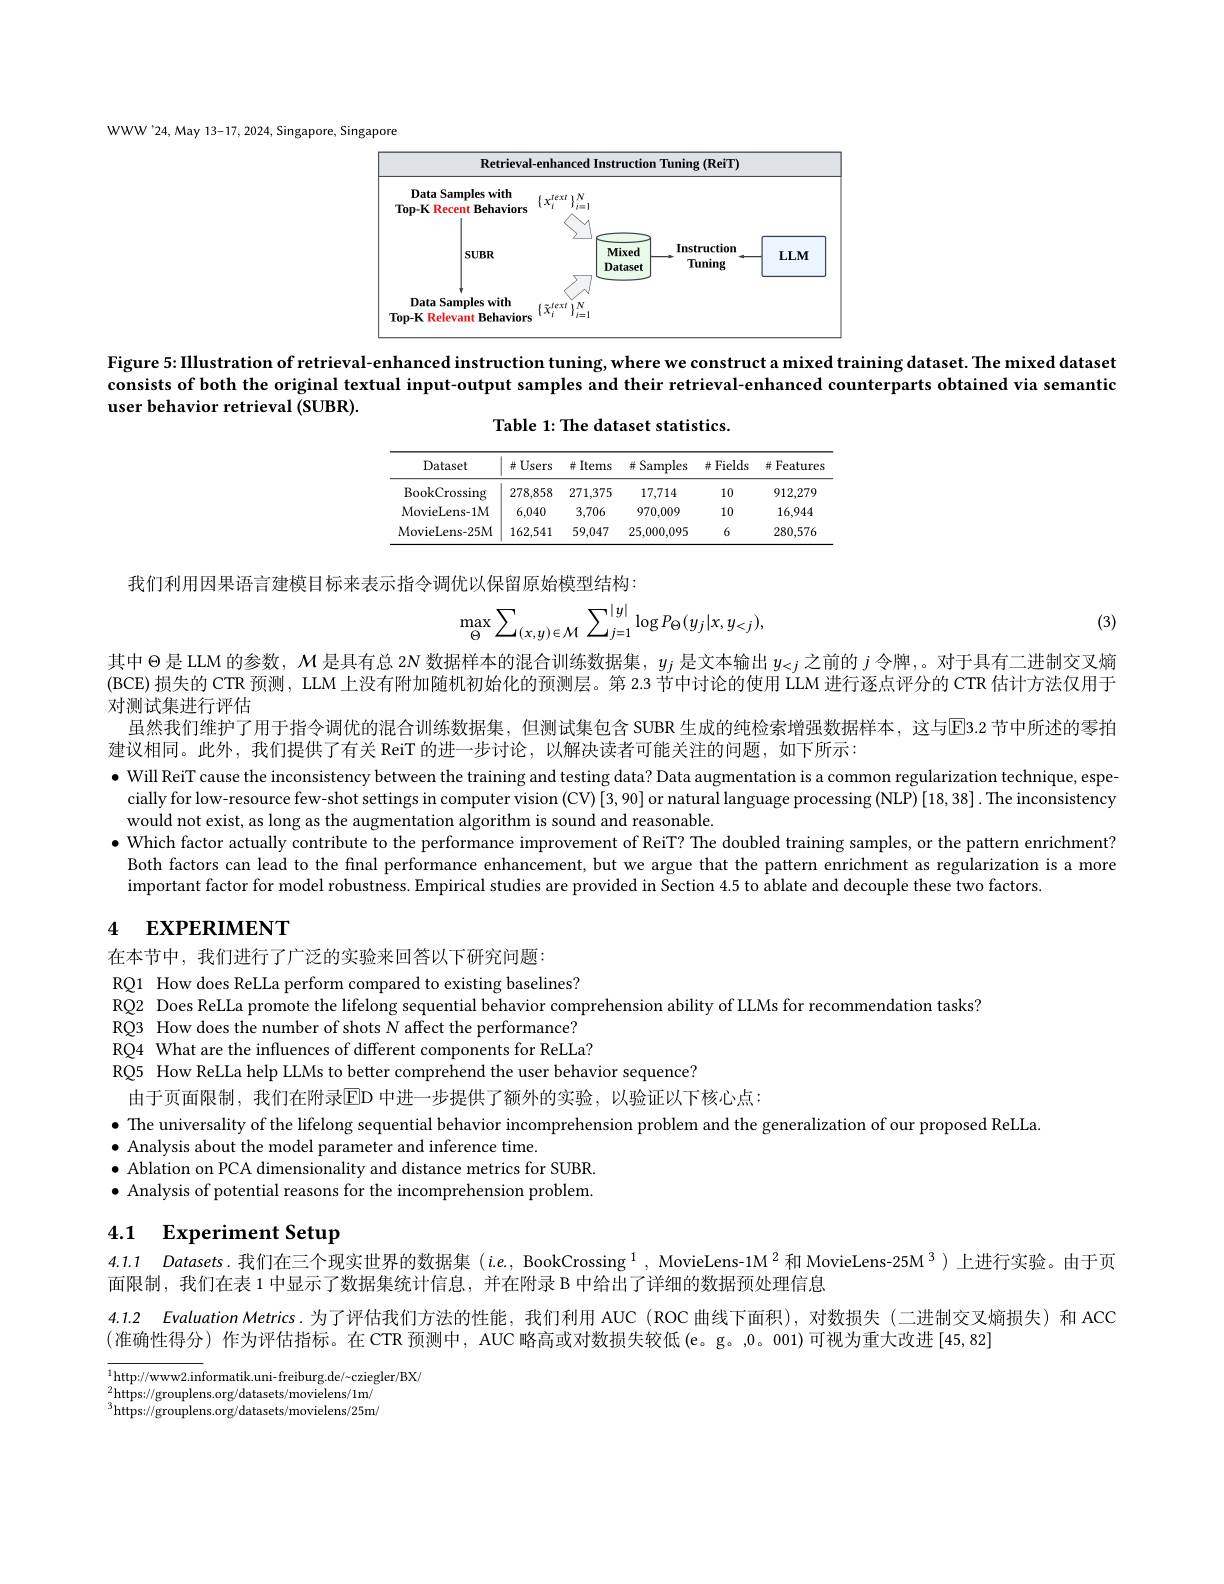
WWW'24, May 13-17, 2024, Singapore, Singapore

<FigureHere>

Figure 5: Illustration of retrieval-enhanced instruction tuning, where we construct a mixed training dataset. The mixed dataset

consists of both the original textual input-output samples and their retrieval-enhanced counterparts obtained via semantic

user behavior retrieval (SUBR).

Table 1: The dataset statistics.

<table>
	<tbody>
		<tr>
			<th>Dataset</th>
			<th>$\#$Users</th>
			<th>并 Items</th>
			<th>并 Samples T T</th>
			<th>$\#$Fields</th>
			<th>并 Features</th>
		</tr>
		<tr>
			<td>BookCrossing</td>
			<td>278,858</td>
			<td>271,375</td>
			<td>17,714</td>
			<td>10</td>
			<td>912,279</td>
		</tr>
		<tr>
			<td>MovieLens-1M</td>
			<td>6,040</td>
			<td>3,706</td>
			<td>970,009</td>
			<td>10</td>
			<td>16,944</td>
		</tr>
		<tr>
			<td>MovieLens-25M</td>
			<td>162.541</td>
			<td>59,047</td>
			<td>25,000,095</td>
			<td>6</td>
			<td>280,576</td>
		</tr>
	</tbody>
</table>

我们利用因果语言建模目标来表示指令调优以保留原始模型结构
$$\max_{\Theta}\sum_{(x,y)\in\mathcal{M}}\sum_{j=1}^{|y|}\log P_{\Theta}(y_{j}|x,y_{<j}),$$
(3)

其中$\Theta$是LLM 的参数，$\mathcal{M}$是具有总 2N 数据样本的混合训练数据集，$y_j$是文本输出$y_<j$之前的$j$令牌，。对于具有二进制交叉熵(BCE)损失的 CTR 预测，LLM 上没有附加随机初始化的预测层。第 2.3 节中讨论的使用 LLM 进行逐点评分的 CTR 估计方法仅用于对测试集进行评估
虽然我们维护了用于指令调优的混合训练数据集，但测试集包含 SUBR 生成的纯检索增强数据样本，这与E3.2 节中所述的零拍
建议相同。此外，我们提供了有关 ReiT 的进一步讨论，以解决读者可能关注的问题，如下所示：
$\bullet$ Will ReiT cause the inconsistency between the training and testing data? Data augmentation is a common regularization technique, espe-
cially for low-resource few-shot settings in computer vision (CV)[3,90] or natural language processing (NLP) [18,38]. The inconsistency
would not exist, as long as the augmentation algorithm is sound and reasonable.
$\bullet$ Which factor actually contribute to the performance improvement of ReiT? The doubled training samples, or the pattern enrichment?
Both factors can lead to the final performance enhancement, but we argue that the pattern enrichment as regularization is a more
important factor for model robustness. Empirical studies are provided in Section 4.5 to ablate and decouple these two factors

# 4 EXPERIMENT

在本节中，我们进行了广泛的实验来回答以下研究问题：
RQ1 How does ReLLa perform compared to existing baselines?
RQ2 Does ReLLa promote the lifelong sequential behavior comprehension ability of LLMs for recommendation tasks?
RQ3 How does the number of shots N affect the performance? RQ4 What are the influences of different components for ReLLa? RQ5 How ReLLa help LLMs to better comprehend the user behavior sequence?
由于页面限制，我们在附录$\overline{\mathrm{ED~}}$中进一步提供了额外的实验，以验证以下核心点：
$\bullet$ The universality of the lifelong sequential behavior incomprehension problem and the generalization of our proposed ReLLa
$\bullet$ Analysis about the model parameter and inference time.
$\bullet$ Ablation on PCA dimensionality and distance metrics for SUBR. $\bullet$ Analysis of potential reasons for the incomprehension problem.

## 4.1 Experiment Setup

4.1.1 Datasets.我们在三个现实世界的数据集 (i$e.,\text{BookCrossing}^{1},\text{MovieLens-1M}^{2}$和 MovieLens-25M$^{3})$ 上进行实验。由于页
面限制，我们在表 1 中显示了数据集统计信息，并在附录 B 中给出了详细的数据预处理信息
4.1.2 Evaluation Metrics.为了评估我们方法的性能，我们利用 AUC (ROC 曲线下面积),对数损失 (二进制交叉熵损失)和 ACC
(准确性得分)作为评估指标。在 CTR 预测中，AUC 略高或对数损失较低(e。g。,0。001)可视为重大改进[45,82].
$^{1}$http://www2.informatik.uni-freiburg.de/~cziegler/BX/

${}_{3}^{2}$https://grouplens.org/datasets/movielens/1m/ $^3$https://grouplens.org/datasets/movielens/25m/